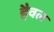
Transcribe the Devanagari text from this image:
हैवल